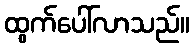
ထွက်ပေါ်လာသည်။